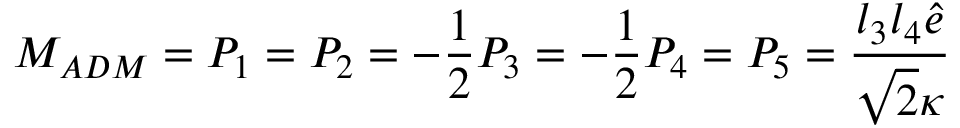
M _ { A D M } = P _ { 1 } = P _ { 2 } = - \frac 1 2 P _ { 3 } = - \frac 1 2 P _ { 4 } = P _ { 5 } = \frac { l _ { 3 } l _ { 4 } \hat { e } } { \sqrt { 2 } \kappa }